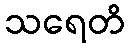
သရေတိ